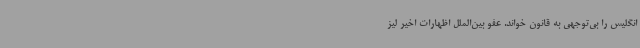
انگلیس را بی‌توجهی به قانون خواند. عفو بین‌الملل اظهارات اخیر لیز